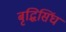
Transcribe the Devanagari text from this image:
बृद्धिसिंघ